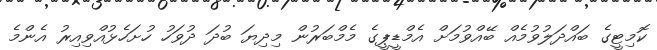
ކޮމިޓީގެ ބައްދަލުވުމެއް ބޭއްވުމަށް އެމްޑީޕީގެ މެމްބަރުން މިދިޔަ ބުދަ ދުވަހު ހުށަހެޅުއްވިއިރު އެންމެ